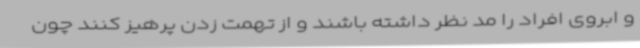
و ابروی افراد را مد نظر داشته باشند و از تهمت زدن پرهیز کنند چون